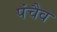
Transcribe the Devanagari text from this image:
पंचैव